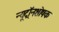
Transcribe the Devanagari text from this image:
न्यूट्रॉनशोषक